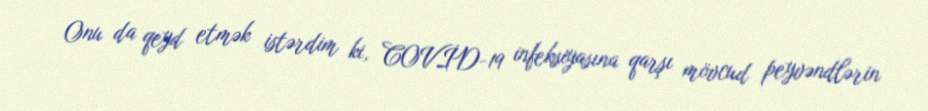
Onu da qeyd etmək istərdim ki, COVİD-19 infeksiyasına qarşı mövcud peyvəndlərin